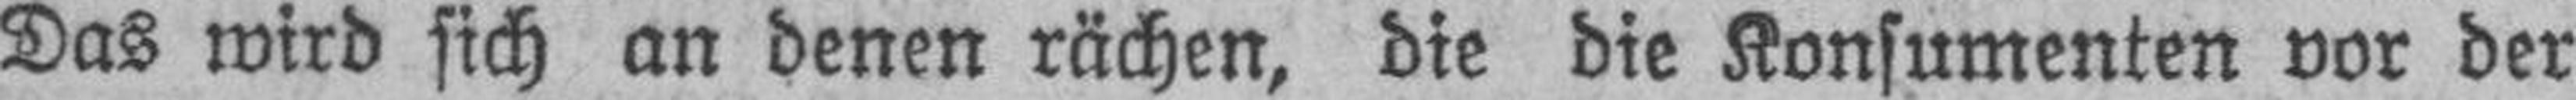
Das wird sich an denen rächen, die die Konsumenten vor der